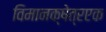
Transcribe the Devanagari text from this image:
विमानक्षेत्रएक